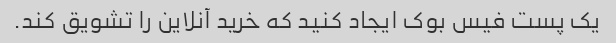
یک پست فیس بوک ایجاد کنید که خرید آنلاین را تشویق کند.